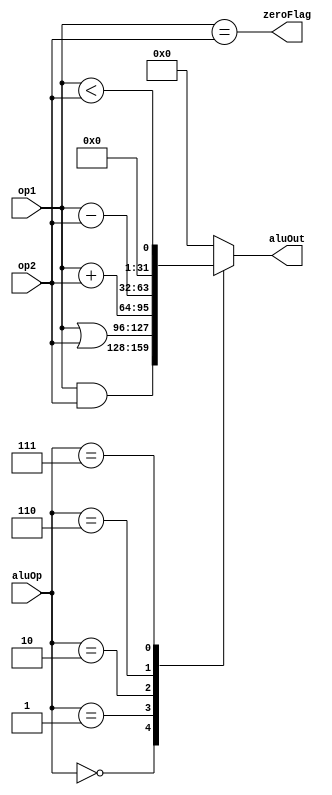
module alu (
input   [31:0] op1,
input   [31:0] op2,
input   [2:0]  aluOp,
output  reg [31:0] aluOut,
output  zeroFlag
);
assign zeroFlag = (op1==op2);


always @(*)
begin
    case(aluOp)
        3'b000:
            aluOut = op1&op2;
        3'b001:
            aluOut = op1|op2;
        3'b010:
            aluOut = op1+op2;
        3'b110:
            aluOut = op1-op2;
        3'b111:
            aluOut = op1<op2;
        default:
            aluOut = 32'd0;
    endcase
end

endmodule